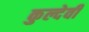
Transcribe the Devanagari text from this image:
कुल्देवी